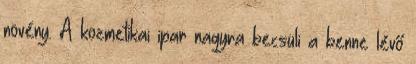
növény. A kozmetikai ipar nagyra becsüli a benne lévő